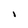
Character: I